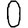
Digit: 0